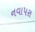
નવાપરા